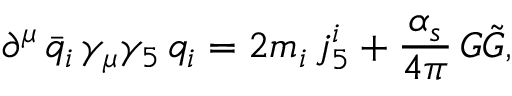
\partial ^ { \mu } \, \bar { q } _ { i } \, \gamma _ { \mu } \gamma _ { 5 } \, q _ { i } = 2 m _ { i } \, j _ { 5 } ^ { i } + \frac { \alpha _ { s } } { 4 \pi } \, G \tilde { G } ,